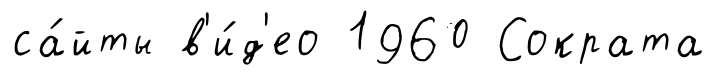
са́йты в'и́д'ео 1960 Сократа